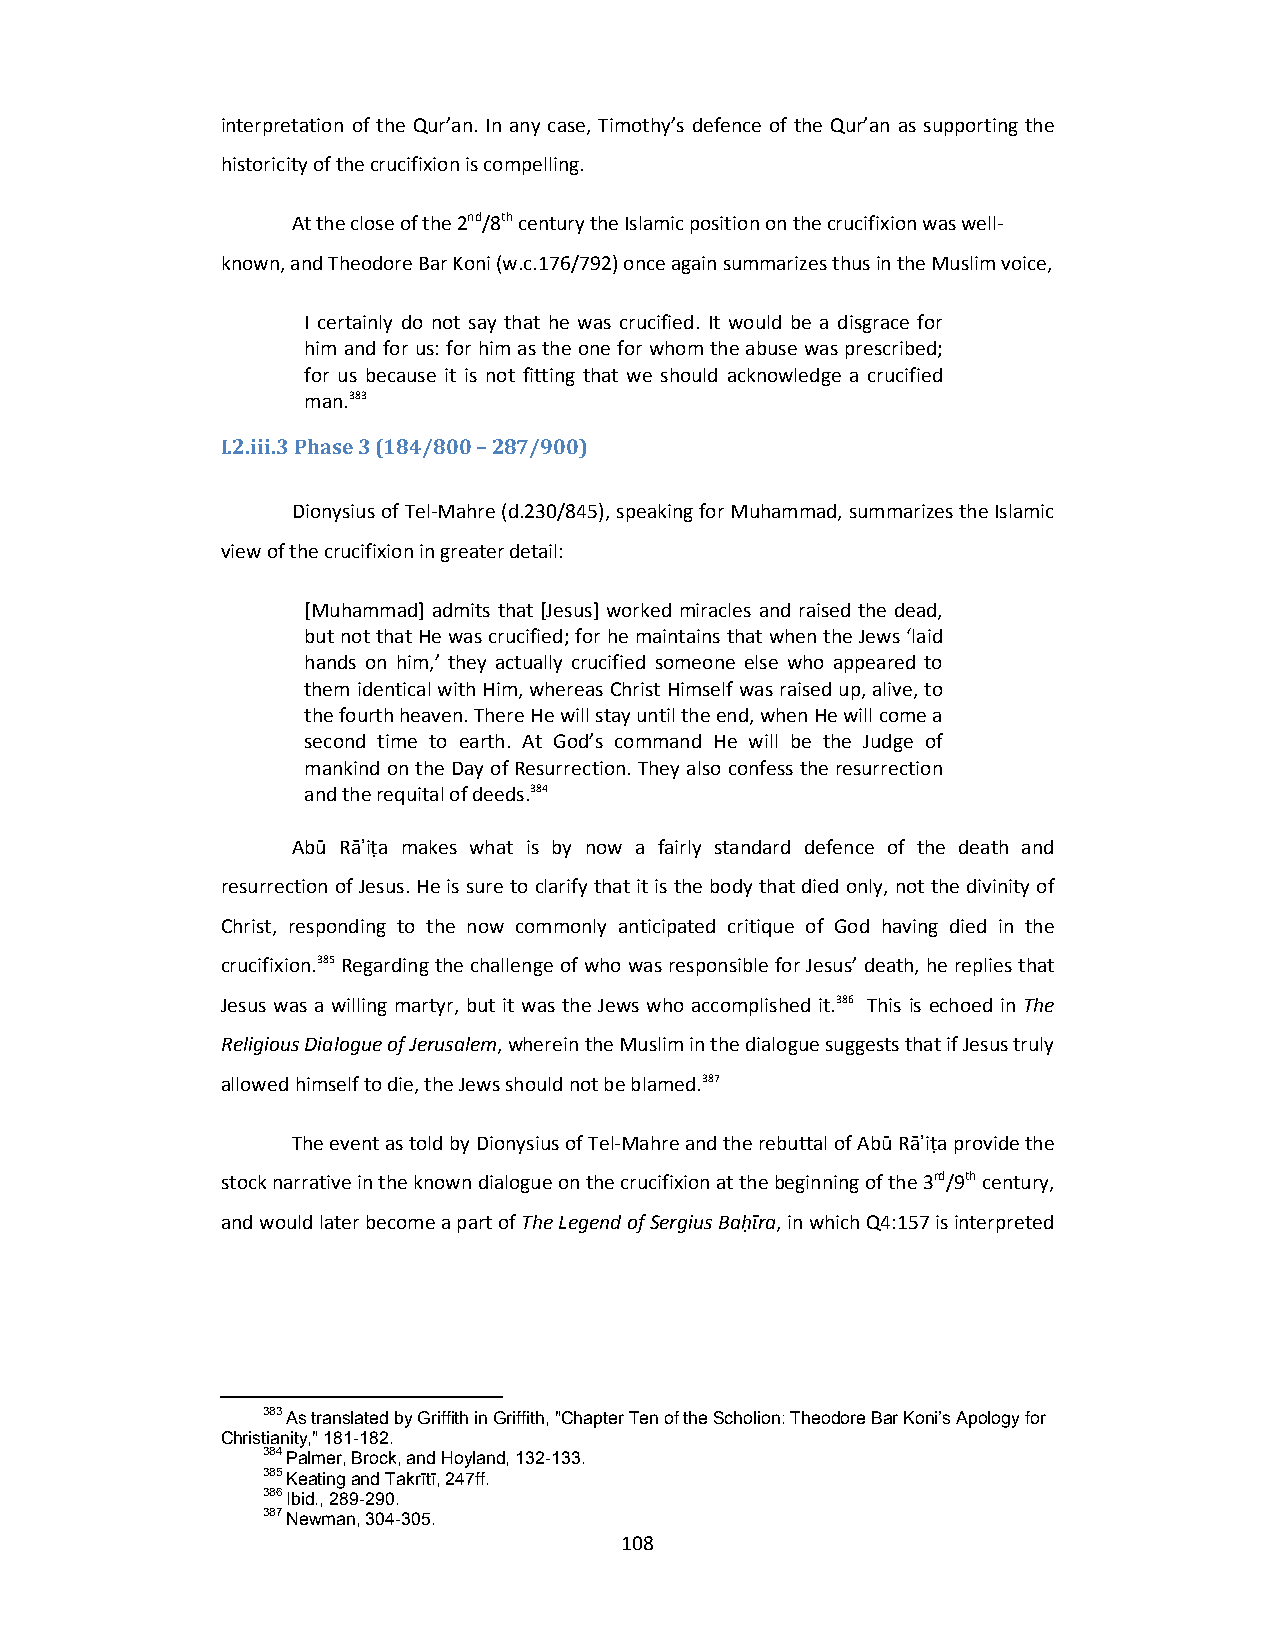
interpretation of the Qur’an. In any case, Timothy’s defence of the Qur’an as supporting the
 historicity of the crucifixion is compelling.
 At the close of the 2nd/8th century the Islamic position on the crucifixion was well‐
 known, and Theodore Bar Koni (w.c.176/792) once again summarizes thus in the Muslim voice,
 I certainly do not say that he was crucified. It would be a disgrace for
 him and for us: for him as the one for whom the abuse was prescribed;
 for us because it is not fitting that we should acknowledge a crucified
 man.383
 I.2.iii.3 Phase 3 (184/800 – 287/900)
 Dionysius of Tel‐Mahre (d.230/845), speaking for Muhammad, summarizes the Islamic
 view of the crucifixion in greater detail:
 [Muhammad] admits that [Jesus] worked miracles and raised the dead,
 but not that He was crucified; for he maintains that when the Jews ‘laid
 hands on him,’ they actually crucified someone else who appeared to
 them identical with Him, whereas Christ Himself was raised up, alive, to
 the fourth heaven. There He will stay until the end, when He will come a
 second time to earth. At God’s command He will be the Judge of
 mankind on the Day of Resurrection. They also confess the resurrection
 and the requital of deeds.384
 Abū Rāʾiṭa makes what is by now a fairly standard defence of the death and
 resurrection of Jesus. He is sure to clarify that it is the body that died only, not the divinity of
 Christ, responding to the now commonly anticipated critique of God having died in the
 crucifixion.385 Regarding the challenge of who was responsible for Jesus’ death, he replies that
 Jesus was a willing martyr, but it was the Jews who accomplished it.386 This is echoed in The
 Religious Dialogue of Jerusalem, wherein the Muslim in the dialogue suggests that if Jesus truly
 allowed himself to die, the Jews should not be blamed.387
 The event as told by Dionysius of Tel‐Mahre and the rebuttal of Abū Rāʾiṭa provide the
 stock narrative in the known dialogue on the crucifixion at the beginning of the 3rd/9th century,
 and would later become a part of The Legend of Sergius Baḥῑra, in which Q4:157 is interpreted
 383 As translated by Griffith in Griffith, "Chapter Ten of the Scholion: Theodore Bar Koni’s Apology for
 Christianity," 181-182.
 384 Palmer, Brock, and Hoyland, 132-133.
 385 Keating and Takrītī, 247ff.
 386 Ibid., 289-290.
 387 Newman, 304-305.
 108